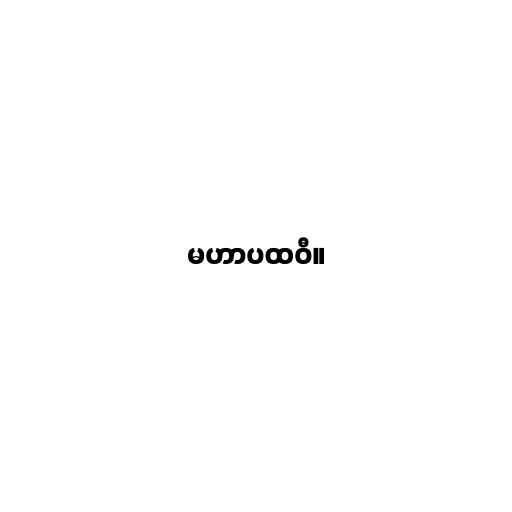
မဟာပထဝီ။